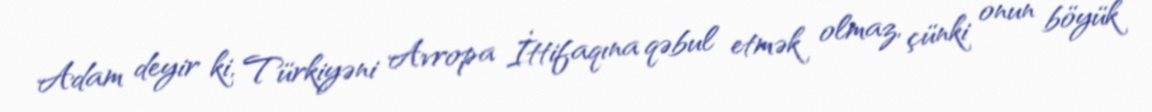
Adam deyir ki, Türkiyəni Avropa İttifaqına qəbul etmək olmaz, çünki onun böyük